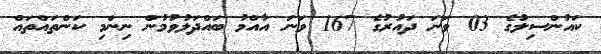
ކައުންސިލުގެ 03 ވަނަ ދައުރުގެ 167 ވަނަ އާއްމު ބައްދަލުވުމުން ނިންމި ކަންތައްތައް